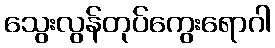
သွေးလွန်တုပ်ကွေးရောဂါ